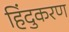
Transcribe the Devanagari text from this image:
हिंदुकरण